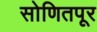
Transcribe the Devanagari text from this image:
सोणितपूर